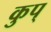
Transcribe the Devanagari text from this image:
कुप्